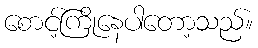
စောင့်ကြိုနေပါတော့သည်။